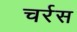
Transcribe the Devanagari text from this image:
चर्रस